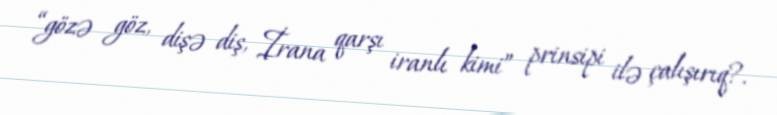
“gözə göz, dişə diş, İrana qarşı iranlı kimi” prinsipi ilə çalışırıq?.